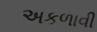
અકળાવી